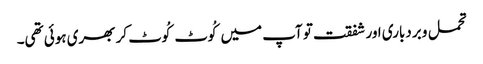
تحمل و بردباری اور شفقت تو آپ میں کُوٹ کُوٹ کر بھری ہوئی تھی۔